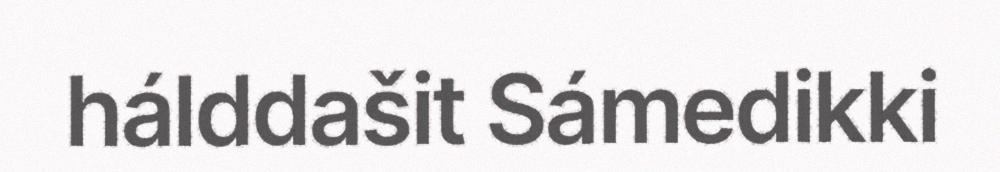
hálddašit Sámedikki